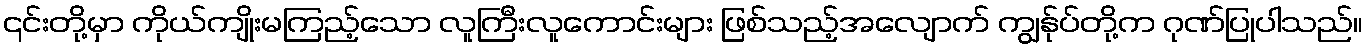
၎င်းတို့မှာ ကိုယ်ကျိုးမကြည့်သော လူကြီးလူကောင်းများ ဖြစ်သည့်အလျောက် ကျွန်ုပ်တို့က ဂုဏ်ပြုပါသည်။